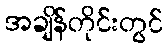
အချိန်တိုင်းတွင်